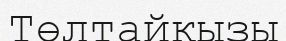
Төлтайқызы